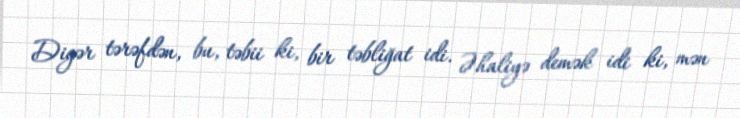
Digər tərəfdən, bu, təbii ki, bir təbliğat idi. Əhaliyə demək idi ki, mən